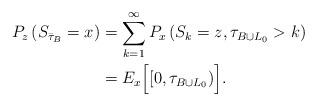
LaTeX: \begin{align*}P_z\left(S_{\bar \tau_{B}}=x\right)&=\sum_{k=1}^\infty P_{x}\left(S_k=z, \tau_{B\cup L_0}>k\right)\\&=E_{x}\Big[[0,\tau_{B\cup L_0}) \Big].\end{align*}